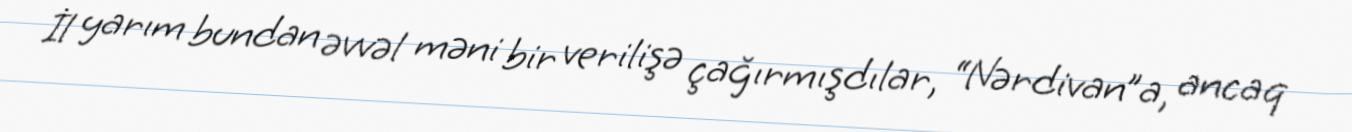
İl yarım bundan əvvəl məni bir verilişə çağırmışdılar, “Nərdivan”a, ancaq